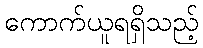
ကောက်ယူရရှိသည့်